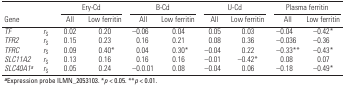
| <ROWSPAN=2-COLSPAN=2> Gene | <COLSPAN=2> Ery-Cd | <COLSPAN=2> B-Cd | <COLSPAN=2> U-Cd | <COLSPAN=2> Plasma ferritin |
 | All | Low ferritin | All | Low ferritin | All | Low ferritin | All | Low ferritin |
 | --- | --- | --- | --- | --- | --- | --- | --- | --- | --- |
 | TF | rS | 0.02 | 0.20 | –0.06 | 0.04 | 0.05 | 0.03 | –0.04 | –0.42* |
 | TFR2 | rS | 0.15 | 0.23 | 0.16 | 0.21 | 0.08 | 0.36 | –0.036 | –0.36 |
 | TFRC | rS | 0.09 | 0.40* | 0.04 | 0.30* | –0.04 | 0.22 | –0.33** | –0.43* |
 | SLC11A2 | rS | 0.13 | 0.16 | 0.16 | 0.16 | –0.01 | –0.42* | 0.08 | 0.07 |
 | SLC40A1a | rS | 0.05 | 0.24 | –0.0.01 | 0.08 | –0.04 | 0.06 | –0.18 | –0.49* |
 | <COLSPAN=10> aExpression probe ILMN_2053103. *p < 0.05. **p <0.01. |